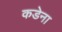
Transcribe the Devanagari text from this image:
कडेना